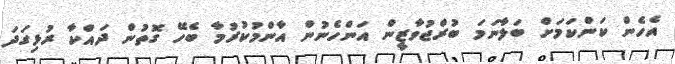
އެހެން ކަންކަމަށް ބަލާނަމަ ބުރްޖުވާޒީން އަންހެނުން އާންމުކުރުމާ ބެހޭ ގޮތުން ދައްކާ ރުޅިގަދަ